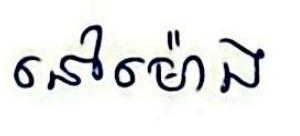
នៅម៉ោង